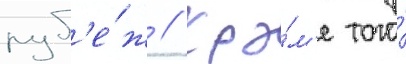
руб'е́ж // Кро́м'е того́